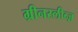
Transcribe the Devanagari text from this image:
ग्रीनस्लीव्ज़